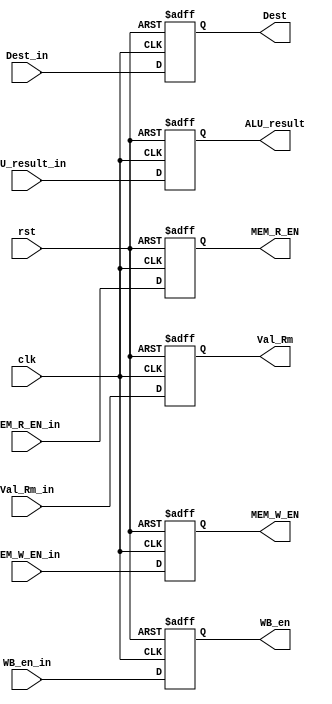
module EXE_Stage_Reg(
  input clk,rst, WB_en_in, MEM_R_EN_in, MEM_W_EN_in,
  input[31:0] ALU_result_in, Val_Rm_in,
  input[3:0] Dest_in,

  output reg WB_en, MEM_R_EN, MEM_W_EN,
  output reg[31:0] ALU_result, Val_Rm,
  output reg[3:0] Dest
);
  always@(posedge clk, posedge rst)
  begin
    if(rst)begin
      WB_en=0; MEM_R_EN=0; MEM_W_EN=0;
      ALU_result=0; Val_Rm=0;
      Dest=0;
    end
    else begin
      WB_en = WB_en_in;
      MEM_R_EN = MEM_R_EN_in;
      MEM_W_EN = MEM_W_EN_in;
      ALU_result = ALU_result_in;
      Val_Rm =  Val_Rm_in;
      Dest = Dest_in;
    end
  end
endmodule